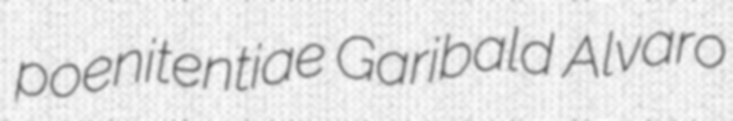
poenitentiae Garibald Alvaro